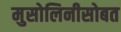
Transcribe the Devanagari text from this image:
मुसोलिनीसोबत